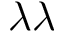
\lambda \lambda